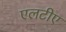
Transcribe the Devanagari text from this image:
एलटीए